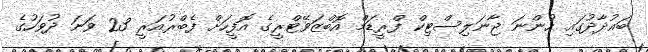
ބަޣުދާދުގައި ހުންނަ ޖާނަލިސްޓިކް ފްރީޑަމް އޮބްޒަވޭޓްރީގެ އޮފީހަށް ފެބްރުއަރީ 23 ވަނަ ދުވަހުގެ